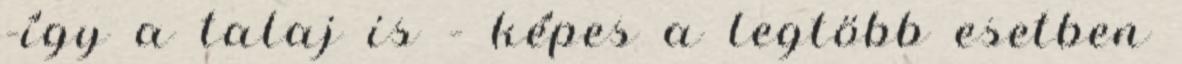
–így a talaj is – képes a legtöbb esetben